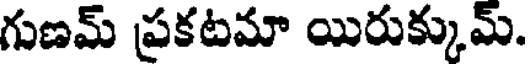
గుణమ్ ప్రకటమా యిరుక్కుమ్.